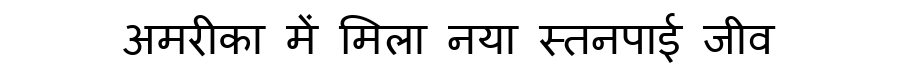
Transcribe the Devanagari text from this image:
अमरीका में मिला नया स्तनपाई जीव